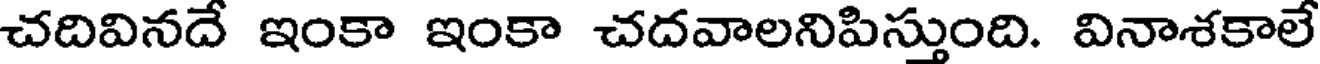
చదివినదే ఇంకా ఇంకా చదవాలనిపిస్తుంది. వినాశకాలే